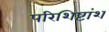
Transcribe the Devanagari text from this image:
परिशिष्टांश